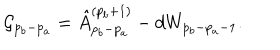
{ \cal G } _ { p _ { b } - p _ { a } } = \hat { A } _ { p _ { b } - p _ { a } } ^ { ( p _ { b } + 1 ) } - d W _ { p _ { b } - p _ { a } - 1 } .